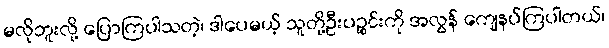
မလိုဘူးလို့ ပြောကြပါသတဲ့၊ ဒါပေမယ့် သူတို့ဦးပဉ္စင်းကို အလွန် ကျေနပ်ကြပါတယ်၊